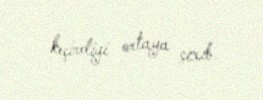
keçirdiyi ortaya çıxıb.